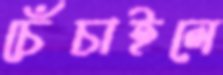
চেঁচাইলে